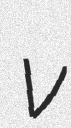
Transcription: v